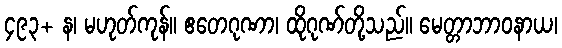
၄၉၃+ န၊ မဟုတ်ကုန်။ ဧတေဂုဏာ၊ ထိုဂုဏ်တို့သည်။ မေတ္တာဘာဝနာယ၊